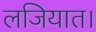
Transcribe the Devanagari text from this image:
लजियात।